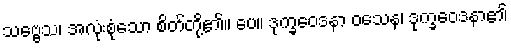
သဗ္ဗေသ၊ အလုံးစုံသော စိတ်တို့၏။ ပေ။ ဒုက္ခဝေဒနာ ဝသေန၊ ဒုက္ခဝေဒနာ၏